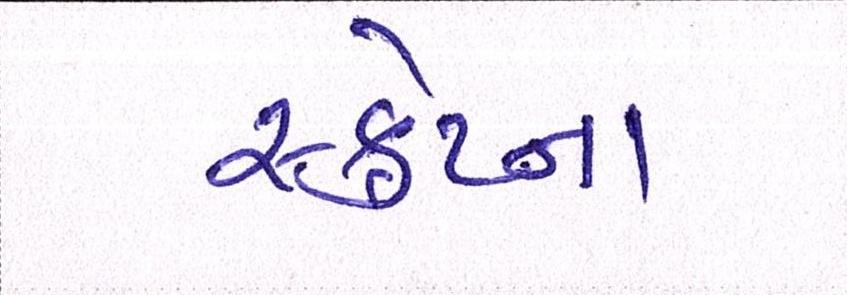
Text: સ્ક્રેપ્ના